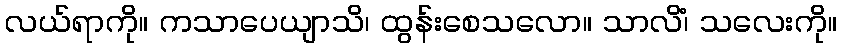
လယ်ရာကို။ ကသာပေယျာသိ၊ ထွန်းစေသလော။ သာလိံ၊ သလေးကို။